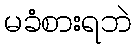
မခံစားရဘဲ